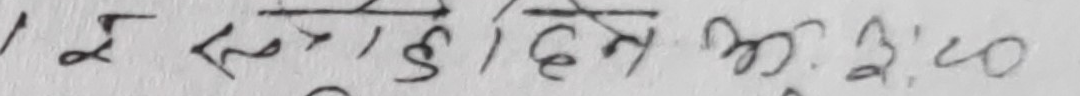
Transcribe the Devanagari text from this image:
१ इ सन् हुई दिन अ.म. ३:२०